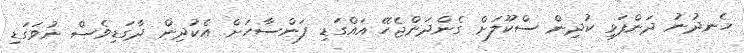
ހެނދުނު ދަންފަޅި ކުދިން ސްކޫލަށް ގެންދަންޖެހޭ އައްގަޑި ފަންސާހަށް. އެކުދިން ދާގަޑިވެސް ނުވަގަޑި